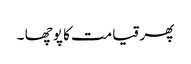
پھر قیامت کا پوچھا ۔